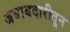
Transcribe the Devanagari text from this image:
जबाबदारीतून